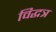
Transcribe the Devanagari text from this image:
विद्धत्र